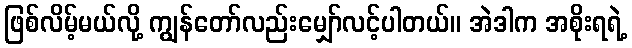
ဖြစ်လိမ့်မယ်လို့ ကျွန်တော်လည်းမျှော်လင့်ပါတယ်။ အဲဒါက အစိုးရရဲ့